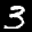
Label: 3